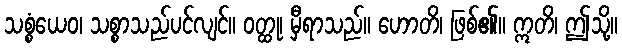
သစ္စံယေဝ၊ သစ္စာသည်ပင်လျင်။ ဝတ္ထု၊ မှီရာသည်။ ဟောတိ၊ ဖြစ်၏။ ဣတိ၊ ဤသို့။